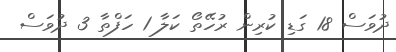
ދުވަސް 18 ގަޑި ކުރިން ރުހޭތޯ ކަަލާާ 1 ހަފްތާ 3 ދުވަސް